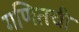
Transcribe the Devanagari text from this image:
गणितची